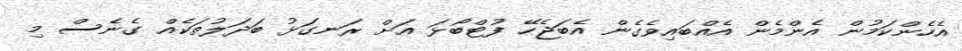
އެހެންކަމުން އެންމެން އެއްބައިވެގެން އެބަޖެހޭ ފުޓްބޯޅަ އަށް ރަނގަޅު ބަދަލުތަކެއް ގެނެސް މި